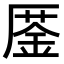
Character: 𠪜